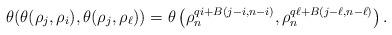
LaTeX: \begin{align*} \theta(\theta(\rho_{j}, \rho_{i}), \theta(\rho_{j}, \rho_{\ell}))&=\theta\left( \rho_n^{qi+B(j-i,n-i)}, \rho_n^{q\ell+B(j-\ell,n-\ell)}\right).\end{align*}